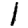
Digit: 1